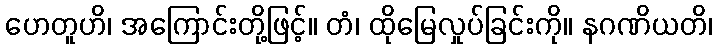
ဟေတူဟိ၊ အကြောင်းတို့ဖြင့်။ တံ၊ ထိုမြေလှုပ်ခြင်းကို။ နဂဏိယတိ၊